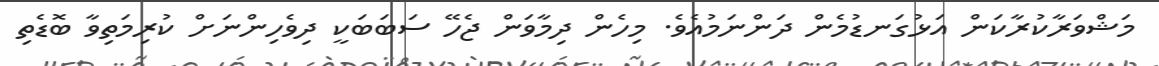
މަޝްވަރާކުރާކަން އަޅުގަނޑުމެން ދަންނަމުއެވެ. މިހެން ދިމާވަން ޖެހޭ ސަބަބަކީ ދިވެހިންނަށް ކުރިމަތިވާ ބޮޑެތި